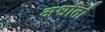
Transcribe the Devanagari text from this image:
अश्वोतों